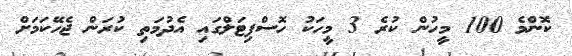
ކޮންމެ 100 މީހުން ކުރެ 3 މީހަކު ހޮސްޕިޓަލްގައި އެދުމަތި ކުރަން ޖެހޭކަމަށް